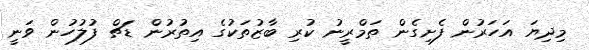
މިދިޔަ އަހަރުން ފެށިގެން ތަމްރީނު ކުރި ބާޒުތަކުގެ އިތުރުން ޑަޗް ފުލުހުން ވަނީ